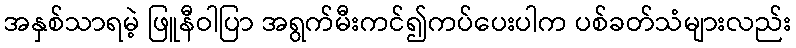
အနှစ်သာရမဲ့ ဖြူနီဝါပြာ အရွက်မီးကင်၍ကပ်ပေးပါက ပစ်ခတ်သံများလည်း